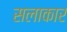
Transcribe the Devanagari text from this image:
सलाकार